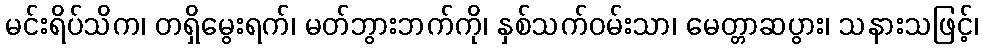
မင်းရိပ်သိက၊ တရှိမွေးရက်၊ မတ်ဘွားဘက်ကို၊ နှစ်သက်ဝမ်းသာ၊ မေတ္တာဆပွား၊ သနားသဖြင့်၊